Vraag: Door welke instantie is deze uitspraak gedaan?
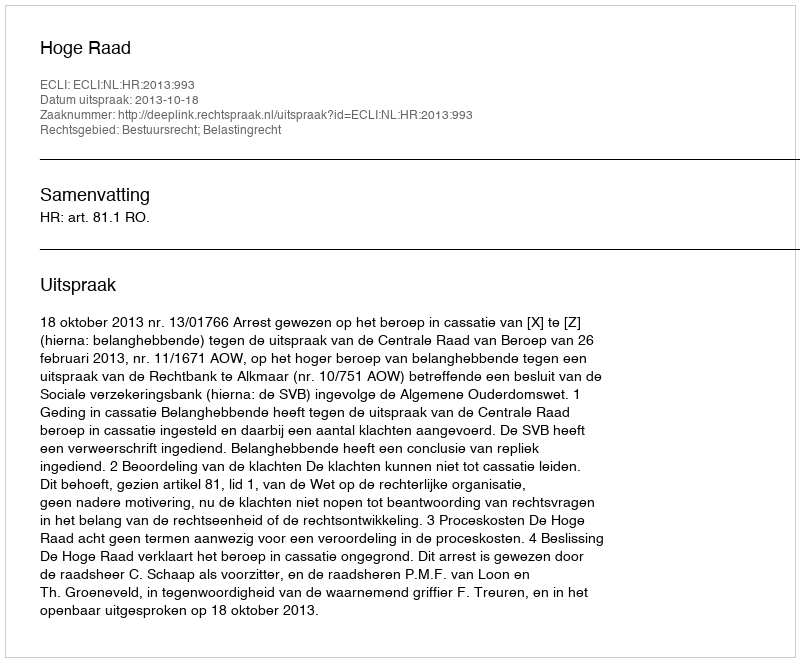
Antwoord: Hoge Raad